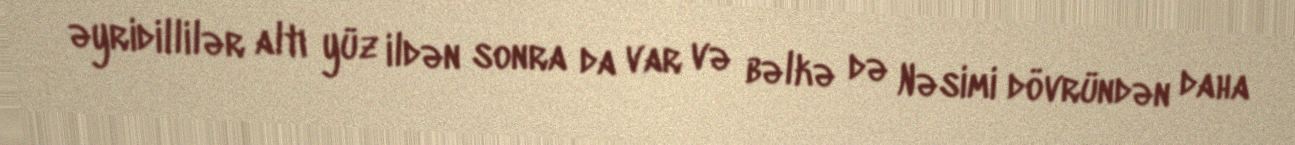
əyridillilər altı yüz ildən sonra da var və bəlkə də Nəsimi dövründən daha